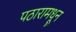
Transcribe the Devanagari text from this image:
पठारामधून